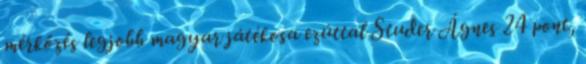
mérkőzés legjobb magyar játékosa ezúttal Studer Ágnes 24 pont,